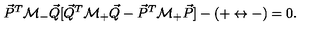
{ \vec { P } } ^ { T } { \cal M } _ { - } { \vec { Q } } [ { \vec { Q } } ^ { T } { \cal M } _ { + } { \vec { Q } } - { \vec { P } } ^ { T } { \cal M } _ { + } { \vec { P } } ] - ( + \leftrightarrow - ) = 0 .